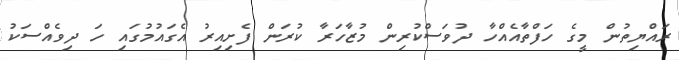
ރައްޔިތުން މީގެ ހަފްތާއެއްހާ ދުވަސްކުރިން މުޒާހަރާ ކުރަން ފެށިއިރު އެގައުމުގައި ހަ ދިވެއްސަކު